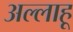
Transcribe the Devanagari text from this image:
अल्लाहू